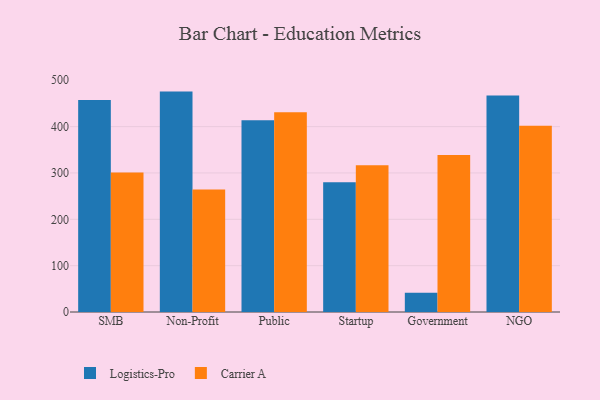
{"axis": {"x": "Segment", "y": "Conversion Rate (%)"}, "legend": ["Carrier A", "Logistics-Pro"], "data": [{"x": "SMB", "y": 457.2, "type": "Logistics-Pro"}, {"x": "SMB", "y": 301.1, "type": "Carrier A"}, {"x": "Non-Profit", "y": 475.5, "type": "Logistics-Pro"}, {"x": "Non-Profit", "y": 264.3, "type": "Carrier A"}, {"x": "Public", "y": 413.6, "type": "Logistics-Pro"}, {"x": "Public", "y": 431.2, "type": "Carrier A"}, {"x": "Startup", "y": 280.1, "type": "Logistics-Pro"}, {"x": "Startup", "y": 316.8, "type": "Carrier A"}, {"x": "Government", "y": 41.5, "type": "Logistics-Pro"}, {"x": "Government", "y": 338.5, "type": "Carrier A"}, {"x": "NGO", "y": 467.3, "type": "Logistics-Pro"}, {"x": "NGO", "y": 401.9, "type": "Carrier A"}]}